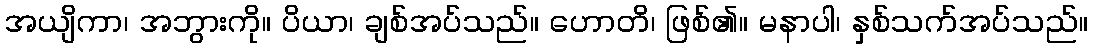
အယျိကာ၊ အဘွားကို။ ပိယာ၊ ချစ်အပ်သည်။ ဟောတိ၊ ဖြစ်၏။ မနာပါ၊ နှစ်သက်အပ်သည်။